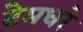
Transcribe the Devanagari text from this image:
टेमघरे